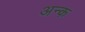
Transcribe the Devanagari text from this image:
अन्क